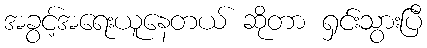
အခွင့်အရေးယူနေတယ် ဆိုတာ ရှင်းသွားပြီ